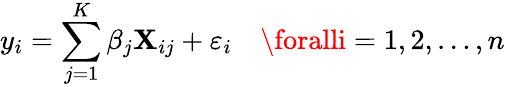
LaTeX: y_{i}=\sum_{j=1}^{K}\beta_{j}\mathbf{X}_{ij}+\varepsilon_{i}\quad\foralli=1,2,\ldots,n